Lunatic asylums Punjab 1895-1910 - 1895-1910
Year: 1895
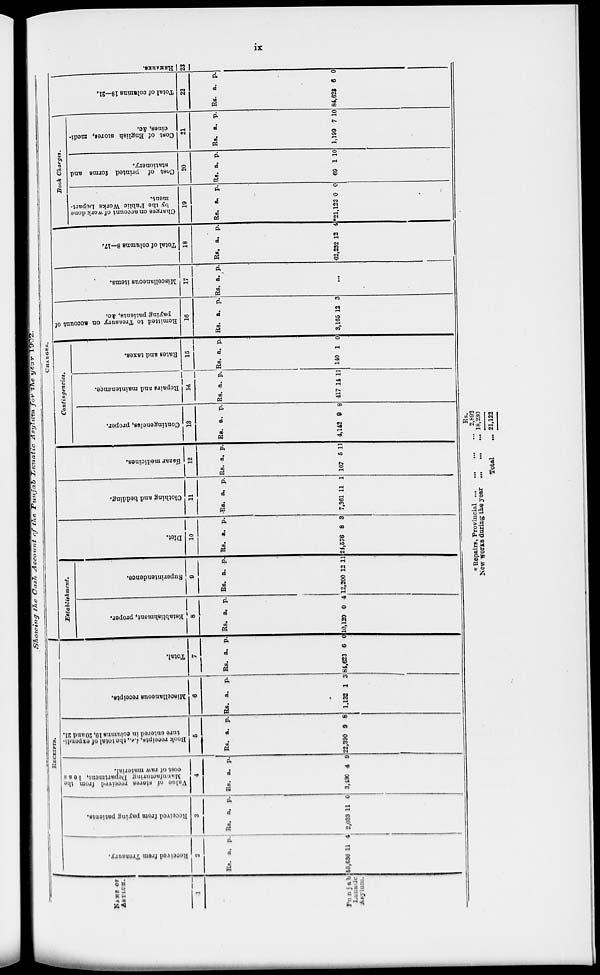
ix
Showing
the
Cosh
Account
of the Punjab Lunatic Asylum for the year
1902
NAME OF
ASYLUM.
1
Punjab
Lunatic
Asylum.
RECEIPTS.
Received
from Treasury.
2
Rs.
55,636
a.
11
p.
4
Received from paying patients.
3
Rs.
2,033
a.
11
p.
0
Value of stores received from the
Manufacturing Department, loss
coat of raw material.
4
Rs.
3,430
a.
4
p.
9
Book
receipts, i.e., the total of expendi-
ture entered in columns 19,20
and 21.
5
Rs.
22,390
a.
9
p.
8
Miscellaneous receipts.
6
Rs.
1,132
a.
1
p.
3
Total.
7
Rs.
84,623
a.
6
p.
0
CHARGER.
Establishment.
Establishment, proper.
8
Rs.
10,120
a.
0
p.
4
Superintendence.
9
Rs.
12,200
a.
12
p.
11
Diet.
10
Rs.
24,576
a.
8
p.
3
Clothing and bedding.
11
Rs.
7,361
a.
11
p.
1
Bázar
medicines.
12
Rs.
107
a.
5
p.
11
Contingencies.
Contingencies, proper.
13
Rs.
4,142
a.
9
p.
8
Repairs and maintenance.
14
Rs.
417
a.
14
p.
11
Rates and taxes.
15
Rs.
140
a.
1
p.
0
Remitted to Treasury on account of
paying patients, &c.
16
Rs.
3,165
a.
12
p.
3
Mis c e lla
ne ous i t ems.
17
Rs. a. p.
...
Total of columns 8—17.
18
Rs.
62,232
a.
12
p.
4
Book Charges.
Charges on account of work done
by the Public Works Depart-
ment.
19
Rs.
*21,122
a.
0
p.
0
Cost of printed forms and
stationery.
20
Rs.
69
a.
1
p.
10
Cost of English stores, medi-
cines, &c.
21
Rs.
1,199
a.
7
p.
10
Total of columns 18—21.
22
Rs.
84,628
a.
6
p.
0
REMARKS.
23
* Repairs, Provincial ... ... ... ...
New works during the year
...
...
...
Total
...
Rs.
2,892
18,230
21,122